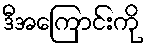
ဒီအကြောင်းကို